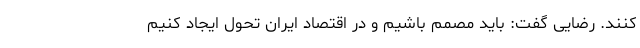
کنند. رضایی گفت: باید مصمم باشیم و در اقتصاد ایران تحول ایجاد کنیم